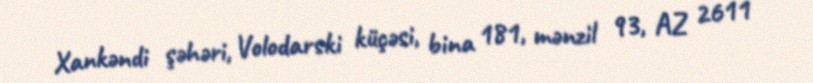
Xankəndi şəhəri, Volodarski küçəsi, bina 181, mənzil 93, AZ 2611